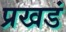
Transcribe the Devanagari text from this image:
प्रखडं